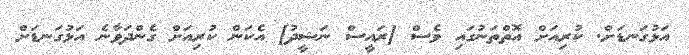
އަޅުގަނޑަށް. ކުރިއަށް އޮތްތަނުގައި ވެސް [ރައީސް ނަޝީދު] އެކަން ކުރިއަށް ގެންދަވާނެ އަޅުގަނޑަށް